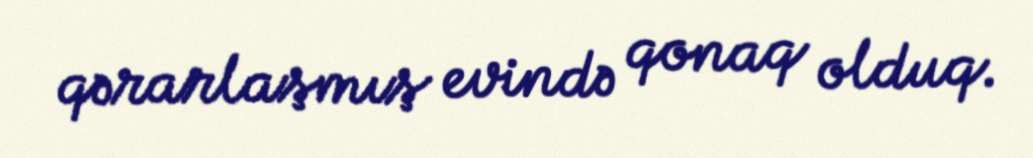
qərarlaşmış evində qonaq olduq.